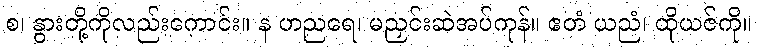
စ၊ နွားတို့ကိုလည်းကောင်း။ န ဟညရေ၊ မညှင်းဆဲအပ်ကုန်။ ဧတံ ယညံ၊ ထိုယဇ်ကို။